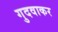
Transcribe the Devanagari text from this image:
गुदवाकर